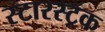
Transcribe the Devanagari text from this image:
स्टारस्ट्रक